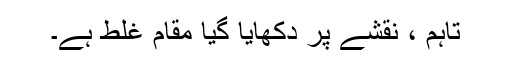
تاہم ، نقشے پر دکھایا گیا مقام غلط ہے۔